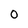
Character: O